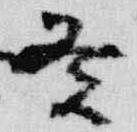
癸